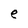
Character: e